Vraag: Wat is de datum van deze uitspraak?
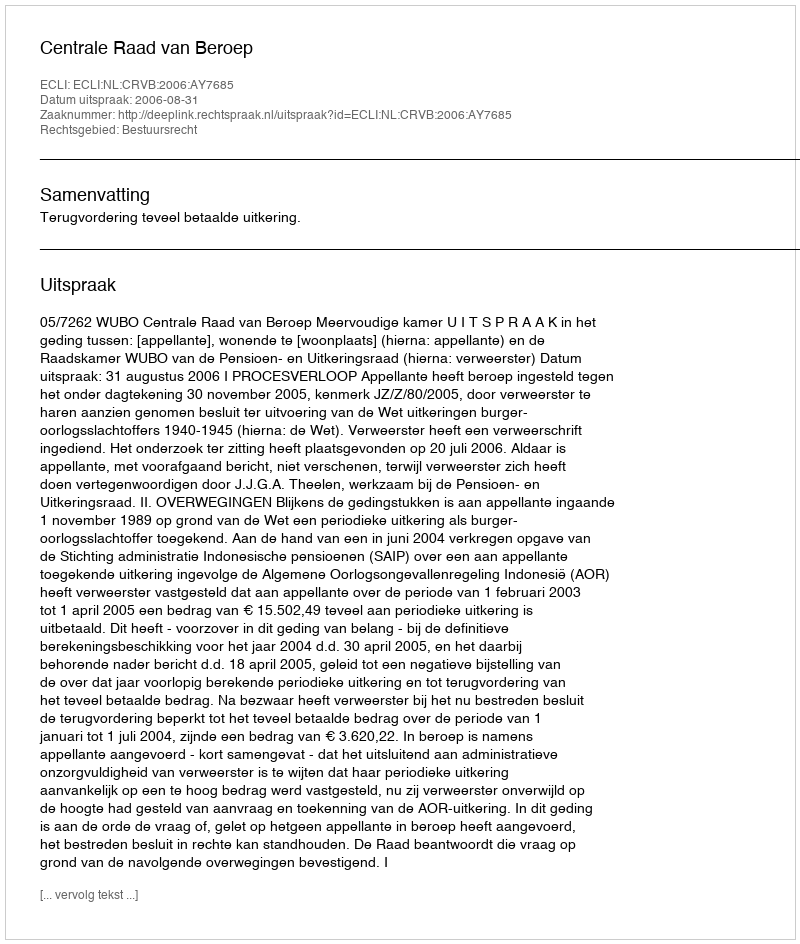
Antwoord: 2006-08-31